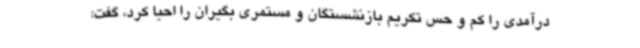
درآمدی را کم و حس تکریم بازنشستگان و مستمری بگیران را احیا کرد، گفت: